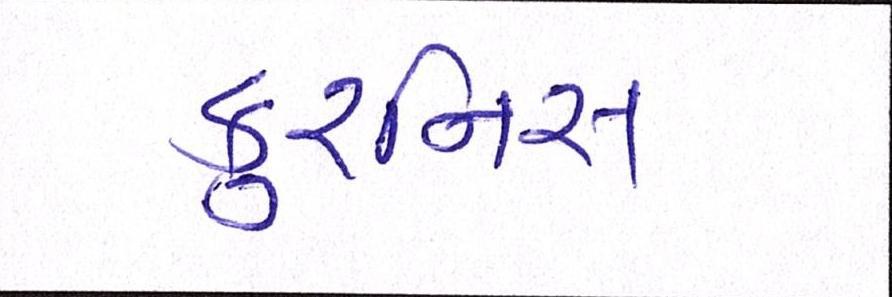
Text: કુરનિસ